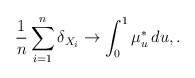
\begin{align*}\frac{1}{n}\sum_{i=1}^n\delta_{X_i} \to \int_0^1\mu^*_u \,du, . \end{align*}